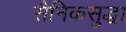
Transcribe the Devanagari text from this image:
सैनिकसुद्धा